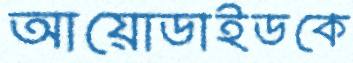
আয়োডাইডকে